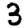
Digit: 3